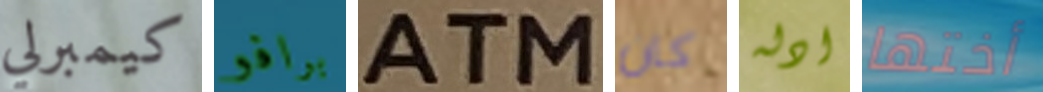
كيمبرلي برافو ATM كان ادله أختها